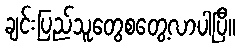
ချင်းပြည်သူတွေစတွေ့လာပါပြီ။